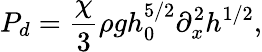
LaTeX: P_{d}=\frac{\chi}{3}\rho gh_{0}^{5/2}\partial_{x}^{2}h^{1/2},